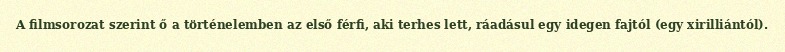
A filmsorozat szerint ő a történelemben az első férfi, aki terhes lett, ráadásul egy idegen fajtól (egy xirilliántól).